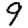
Digit: 9